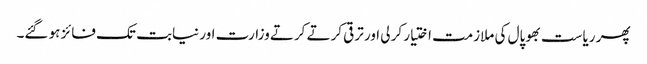
پھر ریاست بھوپال کی ملازمت اختیار کر لی اور ترقی کرتے کرتے وزارت اور نیابت تک فائز ہو گئے۔